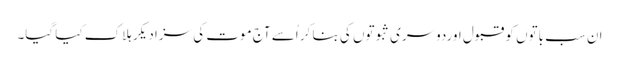
ان سب باتوں کو قبول اوردوسری ثبوتوں کی بنا کر اُسے آج موت کی سزا دیکر ہلاک کیا گیا۔